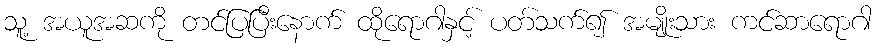
သူ့ အယူအဆကို တင်ပြပြီးနောက် ထိုရောဂါနှင့် ပတ်သက်၍ အမျိုးသား ကင်ဆာရောဂါ